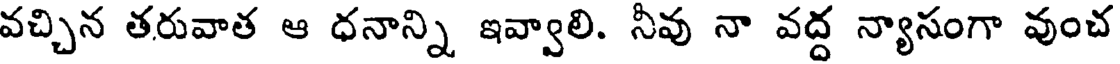
వచ్చిన తరువాత ఆ ధనాన్ని ఇవ్వాలి. నీవు నా వద్ద న్యాసంగా వుంచ